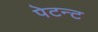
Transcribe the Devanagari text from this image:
पेटन्ट